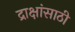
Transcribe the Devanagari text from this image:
द्राक्षांसाठी